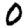
Digit: 0